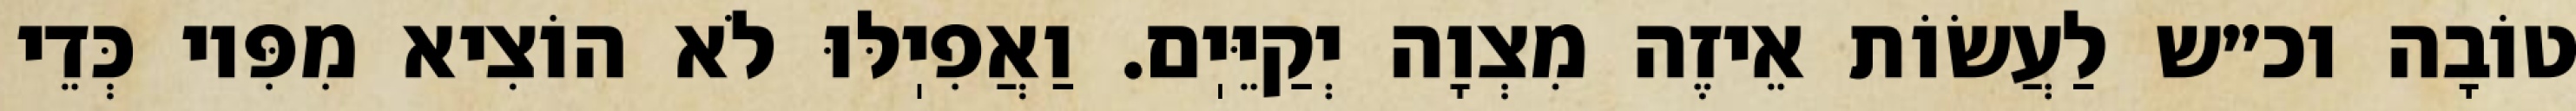
טוֹבָה וכ״ש לַעֲשׂוֹת אֵיזֶה מִצְוָה יְקַיֵּיֽם. וַאֲפִיֽלּוּ לֹא הוֹצִיא מִפִּיו כְּדֵי